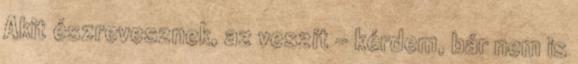
Akit észrevesznek, az veszít - kérdem, bár nem is